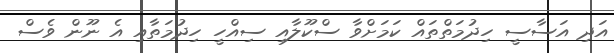
އަދި އަސާސީ ހިދުމަތްތައް ކަމަށްވާ ސްކޫލާއި ސިއްހީ ހިދުމަތާއި އެ ނޫން ވެސް